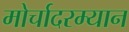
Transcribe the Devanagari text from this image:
मोर्चादरम्यान